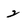
Character: 2